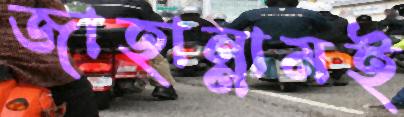
জাহান্নামই